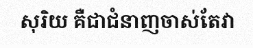
សុរិយ គឺជាជំនាញចាស់តែវា